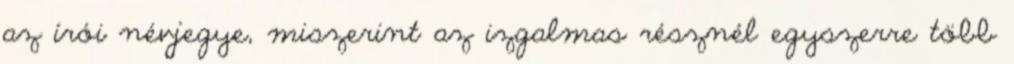
az írói névjegye, miszerint az izgalmas résznél egyszerre több